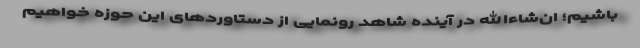
باشیم؛ ان‌شاءالله در آینده شاهد رونمایی از دستاوردهای این حوزه خواهیم